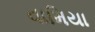
વામિયા